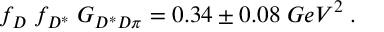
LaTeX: f _ { D } \; f _ { D ^ { * } } \; G _ { D ^ { * } D \pi } = 0 . 3 4 \pm 0 . 0 8 \; G e V ^ { 2 } \; .